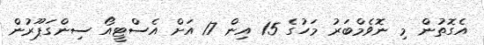
އެގޮތުން މި ނޮވެމްބަރު މަހުގެ 15 އިން 17 އަށް އެސްޓީއޯ ސިންގަޕޫރުން